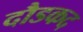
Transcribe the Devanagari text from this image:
दौडकद